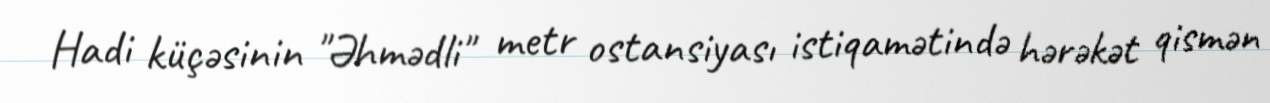
Hadi küçəsinin "Əhmədli" metr ostansiyası istiqamətində hərəkət qismən